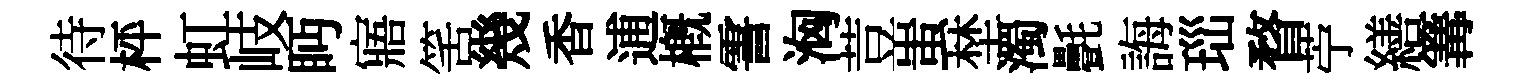
待枰虹岐眄寤筈幾香逋概霅洶荳蚩埜濁㲲誨𤤼瞀苧繕篝